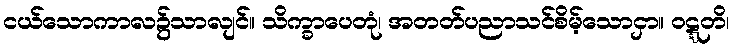
ငယ်သောကာလ၌သာလျင်။ သိက္ခာပေတုံ၊ အတတ်ပညာသင်စိမ့်သောငှာ။ ဝဋ္ဋတိ၊